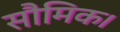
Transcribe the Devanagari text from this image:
सौमिक।